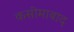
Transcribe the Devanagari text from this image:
कसीमाबाद